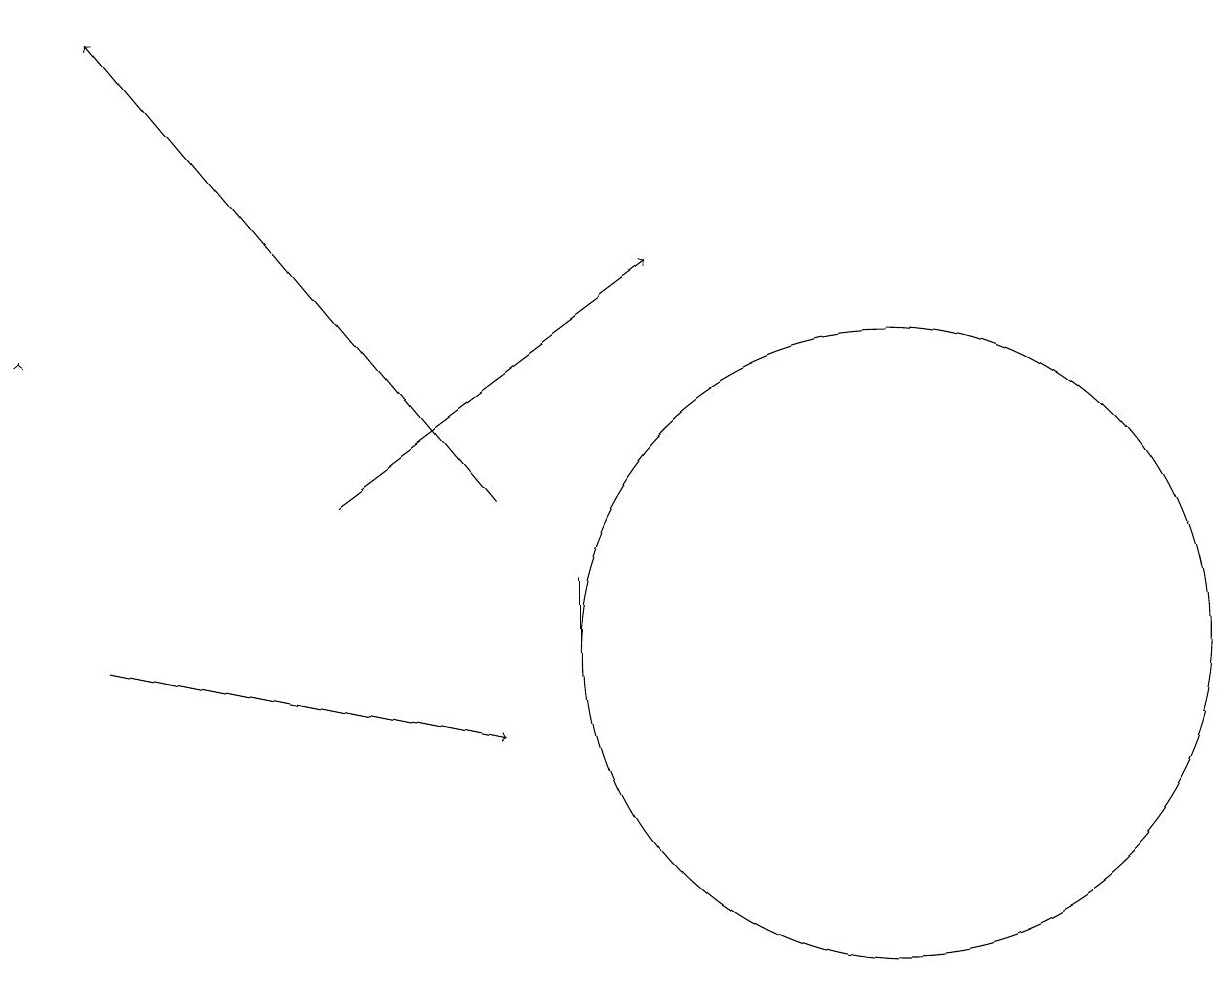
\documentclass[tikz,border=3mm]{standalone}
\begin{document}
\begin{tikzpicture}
\draw (12,11) circle (4);
\draw[->] (2,11) -- (7,10);
\draw (8,12) rectangle (8,11);
\draw[->] (7,13) -- (2,19);
\draw[->] (1,15) -- (1,15);
\draw[->] (5,13) -- (9,16);
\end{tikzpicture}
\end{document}